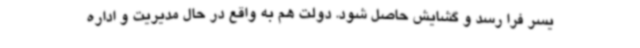
یسر فرا رسد و گشایش حاصل شود. دولت هم به واقع در حال مدیریت و اداره